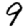
Digit: 9